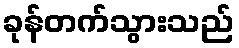
ခုန်တက်သွားသည်